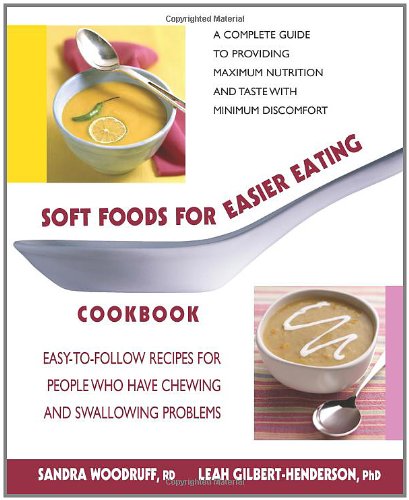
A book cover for Soft Foods for Easier Eating Cookbook: Easy-to-Follow Recipes for People Who Have Chewing and Swallowing Problems; Sandra Woodruff; Cookbooks, Food & Wine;